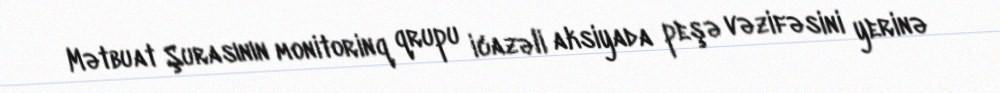
Mətbuat Şurasının monitorinq qrupu icazəli aksiyada peşə vəzifəsini yerinə